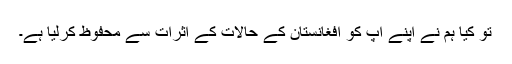
تو کیا ہم نے اپنے آپ کو افغانستان کے حالات کے اثرات سے محفوظ کرلیا ہے۔